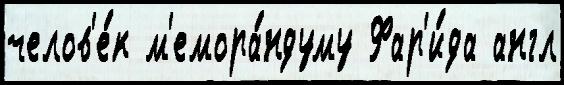
челов'е́к м'емора́ндуму Фар'и́да англ